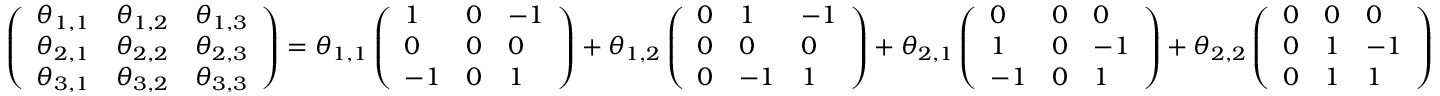
\left( \begin{array} { l l l } { \theta _ { 1 , 1 } } & { \theta _ { 1 , 2 } } & { \theta _ { 1 , 3 } } \\ { \theta _ { 2 , 1 } } & { \theta _ { 2 , 2 } } & { \theta _ { 2 , 3 } } \\ { \theta _ { 3 , 1 } } & { \theta _ { 3 , 2 } } & { \theta _ { 3 , 3 } } \end{array} \right) = \theta _ { 1 , 1 } \left( \begin{array} { l l l } { 1 } & { 0 } & { - 1 } \\ { 0 } & { 0 } & { 0 } \\ { - 1 } & { 0 } & { 1 } \end{array} \right) + \theta _ { 1 , 2 } \left( \begin{array} { l l l } { 0 } & { 1 } & { - 1 } \\ { 0 } & { 0 } & { 0 } \\ { 0 } & { - 1 } & { 1 } \end{array} \right) + \theta _ { 2 , 1 } \left( \begin{array} { l l l } { 0 } & { 0 } & { 0 } \\ { 1 } & { 0 } & { - 1 } \\ { - 1 } & { 0 } & { 1 } \end{array} \right) + \theta _ { 2 , 2 } \left( \begin{array} { l l l } { 0 } & { 0 } & { 0 } \\ { 0 } & { 1 } & { - 1 } \\ { 0 } & { 1 } & { 1 } \end{array} \right)